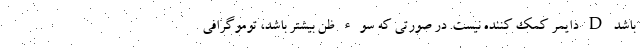
باشد D دایمر کمک کننده نیست. در صورتی که سوء ظن بیشتر باشد، توموگرافی